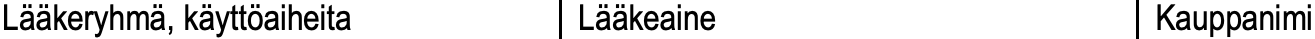
Lääkeryhmä, käyttöaiheita Lääkeaine    Kauppanimi